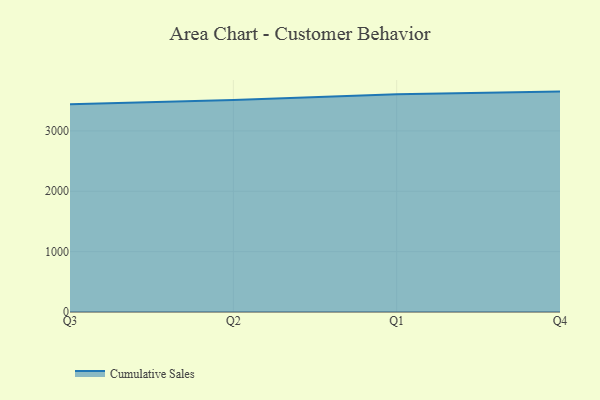
{"axis": {"x": "Quarter", "y": "Headcount"}, "legend": ["Cumulative Sales"], "data": [{"x": "Q3", "y": 3442.5, "type": "Cumulative Sales"}, {"x": "Q2", "y": 3510.9, "type": "Cumulative Sales"}, {"x": "Q1", "y": 3606.1, "type": "Cumulative Sales"}, {"x": "Q4", "y": 3651.5, "type": "Cumulative Sales"}]}